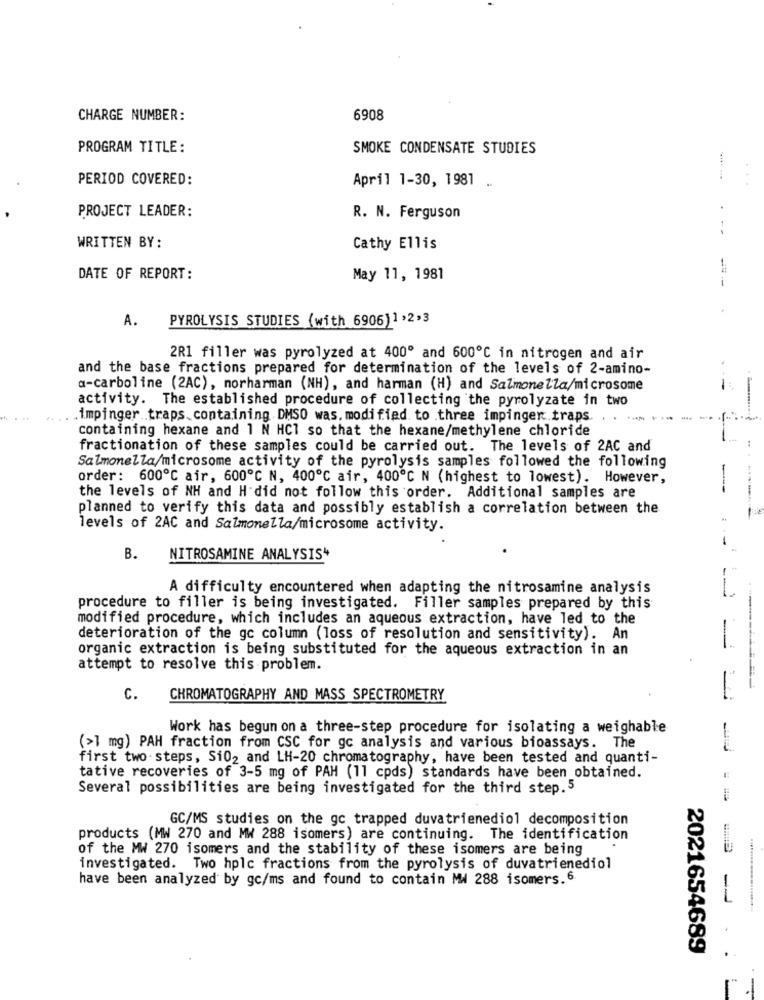
CHARGE NUMBER:
6908
PROGRAM TITLE:
SMOKE CONDENSATE STUDIES
PERIOD COVERED:
April 1-30, 1981
PROJECT LEADER:
R. N. Ferguson
WRITTEN BY:
Cathy Ellis
DATE OF REPORT:
May 11, 1981
A.
PYROLYSIS STUDIES (with 6906)1 ,2,3
2R1 filler was pyrolyzed at 400º and 600℃ in nitrogen and air
and the base fractions prepared for determination of the levels of 2-amino-
a-carboline (2AC), norharman (NH), and harman (H) and Salmonella/microsome
activity. The established procedure of collecting the pyrolyzate in two
.impinger traps.containing DMSO was. modified to .three impinger.traps
containing hexane and 1 N HCI so that the hexane/methylene chloride
fractionation of these samples could be carried out. The levels of 2AC and
Salmonella/microsome activity of the pyrolysis samples followed the following
order: 600℃ air, 600℃ N, 400℃ air, 400℃ N (highest to lowest). However,
the levels of NH and H did not follow this order. Additional samples are
planned to verify this data and possibly establish a correlation between the
levels of 2AC and Salmonella/microsome activity.
B.
NITROSAMINE ANALYSIS"
A difficulty encountered when adapting the nitrosamine analysis
procedure to filler is being investigated. Filler samples prepared by this
modified procedure, which includes an aqueous extraction, have led to the
deterioration of the gc column (loss of resolution and sensitivity). An
organic extraction is being substituted for the aqueous extraction in an
-
attempt to resolve this problem.
C.
CHROMATOGRAPHY AND MASS SPECTROMETRY
Work has begun on a three-step procedure for isolating a weighable
(>1 mg) PAH fraction from CSC for gc analysis and various bioassays. The
first two steps, Si02 and LH-20 chromatography, have been tested and quanti-
tative recoveries of 3-5 mg of PAH (11 cpds) standards have been obtained.
Several possibilities are being investigated for the third step.5
= =
GC/MS studies on the gc trapped duvatrienediol decomposition
products (MW 270 and MW 288 isomers) are continuing. The identification
of the MW 270 isomers and the stability of these isomers are being
investigated. Two hplc fractions from the pyrolysis of duvatrienediol
have been analyzed by gc/ms and found to contain MW 288 isomers. 6
-
2021654689